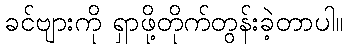
ခင်ဗျားကို ရှာဖို့တိုက်တွန်းခဲ့တာပါ။